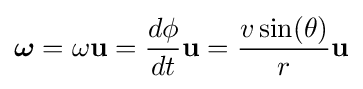
{\boldsymbol {\omega }}=\omega \mathbf {u} ={\frac {d\phi }{dt}}\mathbf {u} ={\frac {v\sin(\theta )}{r}}\mathbf {u}